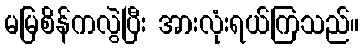
မမြစိန်ကလွဲပြီး အားလုံးရယ်ကြသည်။